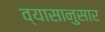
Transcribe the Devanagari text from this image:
व्यासानुसार